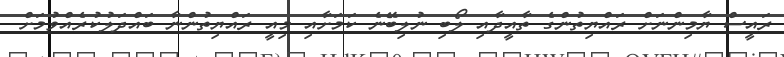
ރައީސް ޔާމިންނަށް ރައްޔިތުންގެ ތާއީދާއި ލޯބި ނުލިބޭނެ ކަމަށާއި މިއީ ރައްޔިތުންނާ ބައްދަލުކުރެއްވުމަށް